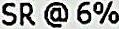
SR @ 6%